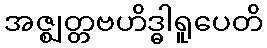
အဇ္ဈတ္တဗဟိဒ္ဓါရူပေတိ